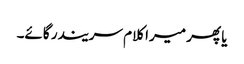
یا پھر میرا کلام سریندر گائے۔